Report of the Hyderabad Chloroform Commission
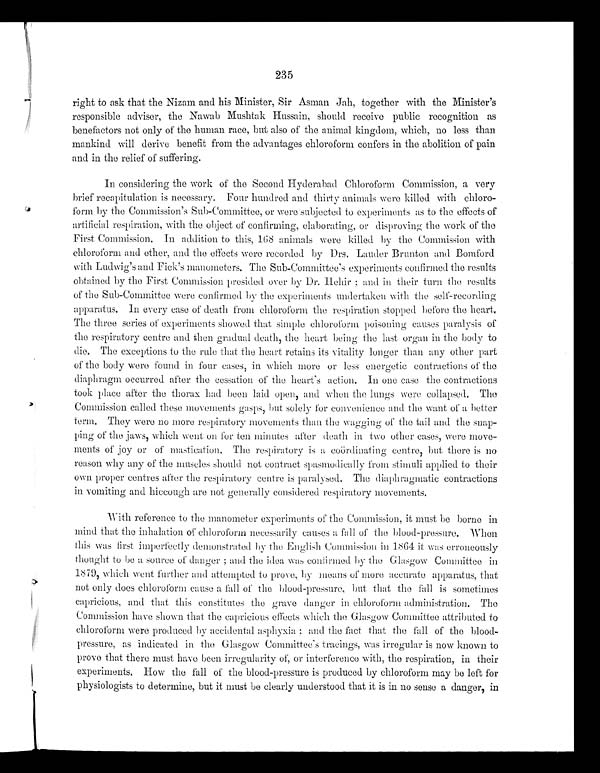
235
right to ask that the Nizam and his Minister, Sir Asman Jah, together with the Minister's
responsible adviser, the Nawab Mushtak Hussain, should receive public recognition as
benefactors not only of the human race, but also of the animal kingdom, which, no less than
mankind will derive benefit from the advantages chloroform confers in the abolition of pain
and in the relief of suffering.
In considering the work of the Second Hyderabad Chloroform Commission, a very
brief recapitulation is necessary. Four hundred and thirty animals were killed with chloro-
form by the Commission's Sub-Committee, or were subjected to experiments as to the effects of
artificial respiration, with the object of confirming, elaborating, or disproving the work of the
First Commission. In addition to this, 168 animals were killed by the Commission with
chloroform and ether, and the effects were recorded by Drs. Lauder Brunton and Bombard
with Ludwig's and Fick's manometers. The Sub-Committee's experiments confirmed the results
obtained by the First Commission presided over by Dr. Hehir; and in their turn the results
of the Sub-Committee were confirmed by the experiments undertaken with the self-recording
apparatus. In every case of death from chloroform the respiration stopped before the heart.
The three series of experiments showed that simple chloroform poisoning causes paralysis of
the respiratory centre and then gradual death, the heart being the last organ in the body to
die. The exceptions to the rule that the heart retains its vitality longer than any other part
of the body were found in four cases, in which more or less energetic contractions of the
diaphragm occurred after the cessation of the heart's action. In one case the contractions
took place after the thorax had been laid open, and when the lungs were collapsed. The
Commission called these movements gasps, but solely for convenience and the want of a better
term. They were no more respiratory movements than the wagging of the tail and the snap-
ping of the jaws, which went on for ten minutes after death in two other cases, were move-
ments of joy or of mastication. The respiratory is a coördinating centre, but there is no
reason why any of the muscles should not contract spasmodically from stimuli applied to their
own
proper centres after the respiratory centre is paralysed. The diaphragmatic contractions
in vomiting and hiccough are not generally considered respiratory movements.
With reference to the manometer experiments of the Commission, it must be borne in
mind that the inhalation of chloroform necessarily causes a fall of the blood-pressure. When
this was first imperfectly demonstrated by the English Commission in 1864 it was erroneously
thought to be a source of danger; and the idea was confirmed by the Glasgow Committee in
1879, which went further and attempted to prove, by means of more accurate apparatus, that
not only does chloroform cause a fall of the blood-pressure, but that the fall is sometimes
capricious, and that this constitutes the grave danger in chloroform administration. The
Commission have shown that the capricious effects which the Glasgow Committee attributed to
chloroform were produced by accidental asphyxia; and the fact that the fall of the blood-
pressure, as indicated in the Glasgow Committee ' s tracings, was irregular is now known to
prove that there must have been irregularity of, or interference with, the respiration, in their
experiments. How the fall of the blood-pressure is produced by chloroform may be left for
physiologists to determine, but it must be clearly understood that it is in no sense a danger, in